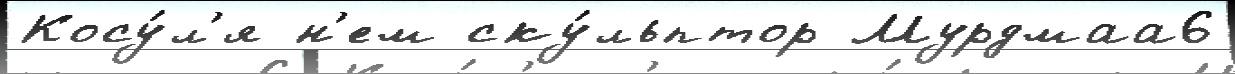
Косу́л'я н'ем ску́льптор Мурдмаа6